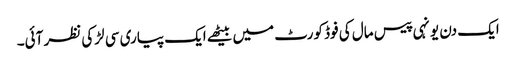
ایک دن یونہی پیس مال کی فوڈ کورٹ میں بیٹھے ایک پیاری سی لڑکی نظر آئی۔